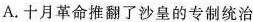
A.十月革命推翻了沙皇的专制统治